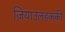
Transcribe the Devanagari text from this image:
ज़ियाउलहक़की